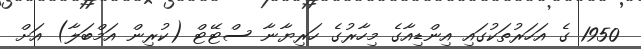
1950 ގެ އަހަރުތަކުގައި އިންޑިއާގެ މިހާރުގެ ހަރިޔާނާ ސްޓޭޓް (ކުރިން އަމްބަލާ) އަށް